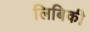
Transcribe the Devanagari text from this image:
लिबिकी